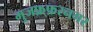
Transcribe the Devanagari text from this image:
मुजफ़्फ़रनगर